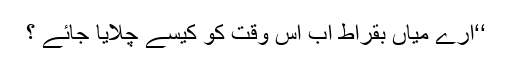
‘‘ارے میاں بقراط اب اس وقت کو کیسے چلایا جائے ؟